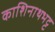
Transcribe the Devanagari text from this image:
काशिनाथभट्ट